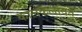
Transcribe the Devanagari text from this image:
कालकलवित